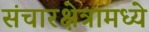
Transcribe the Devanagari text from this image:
संचारक्षेत्रामध्ये